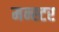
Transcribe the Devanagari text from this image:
मन्स्टर